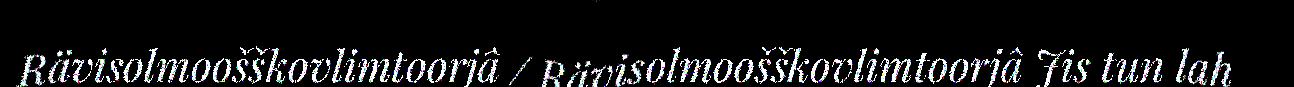
Rävisolmoošškovlimtoorjâ / Rävisolmoošškovlimtoorjâ Jis tun lah